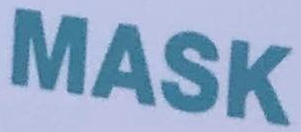
MASK